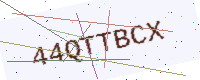
Text: 44QTTBCX